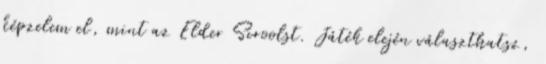
képzelem el, mint az Elder Scroolst. Játék elején választhatsz,